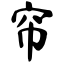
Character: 帘